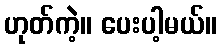
ဟုတ်ကဲ့။ ပေးပါ့မယ်။